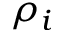
\rho _ { i }